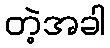
တဲ့အခါ